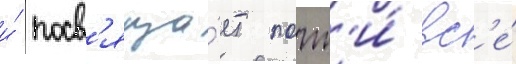
и́ посв'яща́ет почт'и́ вс'е́